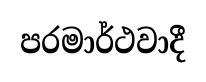
පරමාර්ථවාදී